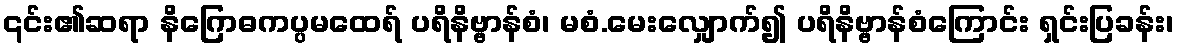
၎င်း၏ဆရာ နိဂြောဓကပ္ပမထေရ် ပရိနိဗ္ဗာန်စံ၊ မစံ.မေးလျှောက်၍ ပရိနိဗ္ဗာန်စံကြောင်း ရှင်းပြခန်း၊